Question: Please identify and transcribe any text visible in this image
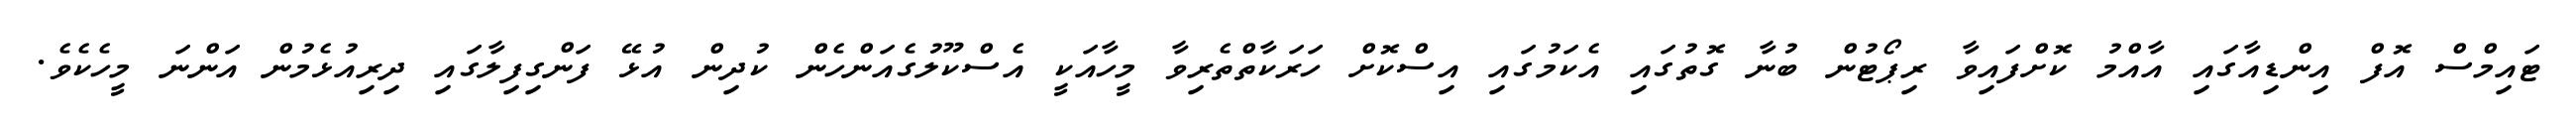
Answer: ޓައިމްސް އޮފް އިންޑިއާގައި އާއްމު ކޮށްފައިވާ ރިޕޯޓުން ބުނާ ގޮތުގައި އެކަމުގައި އިސްކޮށް ހަރަކާތްތެރިވާ މީހާއަކީ އެސްކޫލުގެއަންހެން ކުދިން އުޅޭ ފަންގިފިލާގައި ދިރިއުޅެމުން އަންނަ މީހެކެވެ.